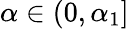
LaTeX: \alpha\in(0,\alpha_{1}]